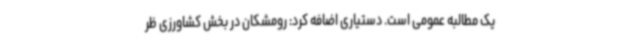
یک مطالبه عمومی است. دستیاری اضافه کرد: رومشکان در بخش کشاورزی ظر